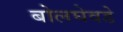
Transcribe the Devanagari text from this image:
बोलघेवडे